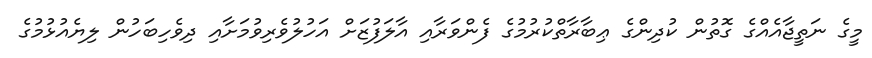
މީގެ ނަތީޖާއެއްގެ ގޮތުން ކުދިންގެ ޢިބާރާތްކުރުމުގެ ފެންވަރާއި އާލަފުޒަށް އަހުލުވެރިވުމަށާއި ދިވެހިބަހުން ލިޔެއުޅުމުގެ